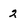
Character: 2